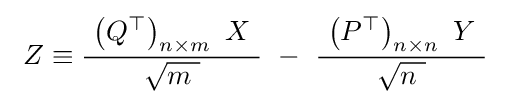
\ Z\equiv {\frac {\ \left(Q^{\top }\right)_{n\times m}\ X\ }{\sqrt {m\ }}}\ -\ {\frac {\ \left(P^{\top }\right)_{n\times n}\ Y\ }{\sqrt {n\ }}}\